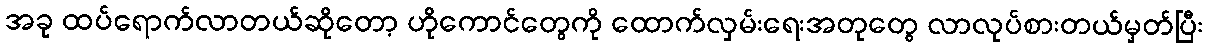
အခု ထပ်ရောက်လာတယ်ဆိုတော့ ဟိုကောင်တွေကို ထောက်လှမ်းရေးအတုတွေ လာလုပ်စားတယ်မှတ်ပြီး